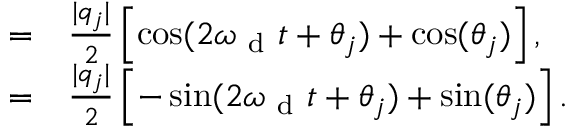
\begin{array} { r l } { = } & { { } \frac { \lvert q _ { j } \rvert } { 2 } \left[ \cos ( 2 \omega _ { \mathrm { ~ d ~ } } t + \theta _ { j } ) + \cos ( \theta _ { j } ) \right] , } \\ { = } & { { } \frac { \lvert q _ { j } \rvert } { 2 } \left[ - \sin ( 2 \omega _ { \mathrm { ~ d ~ } } t + \theta _ { j } ) + \sin ( \theta _ { j } ) \right] . } \end{array}